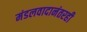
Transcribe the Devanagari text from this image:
मंडलवादानंतरही